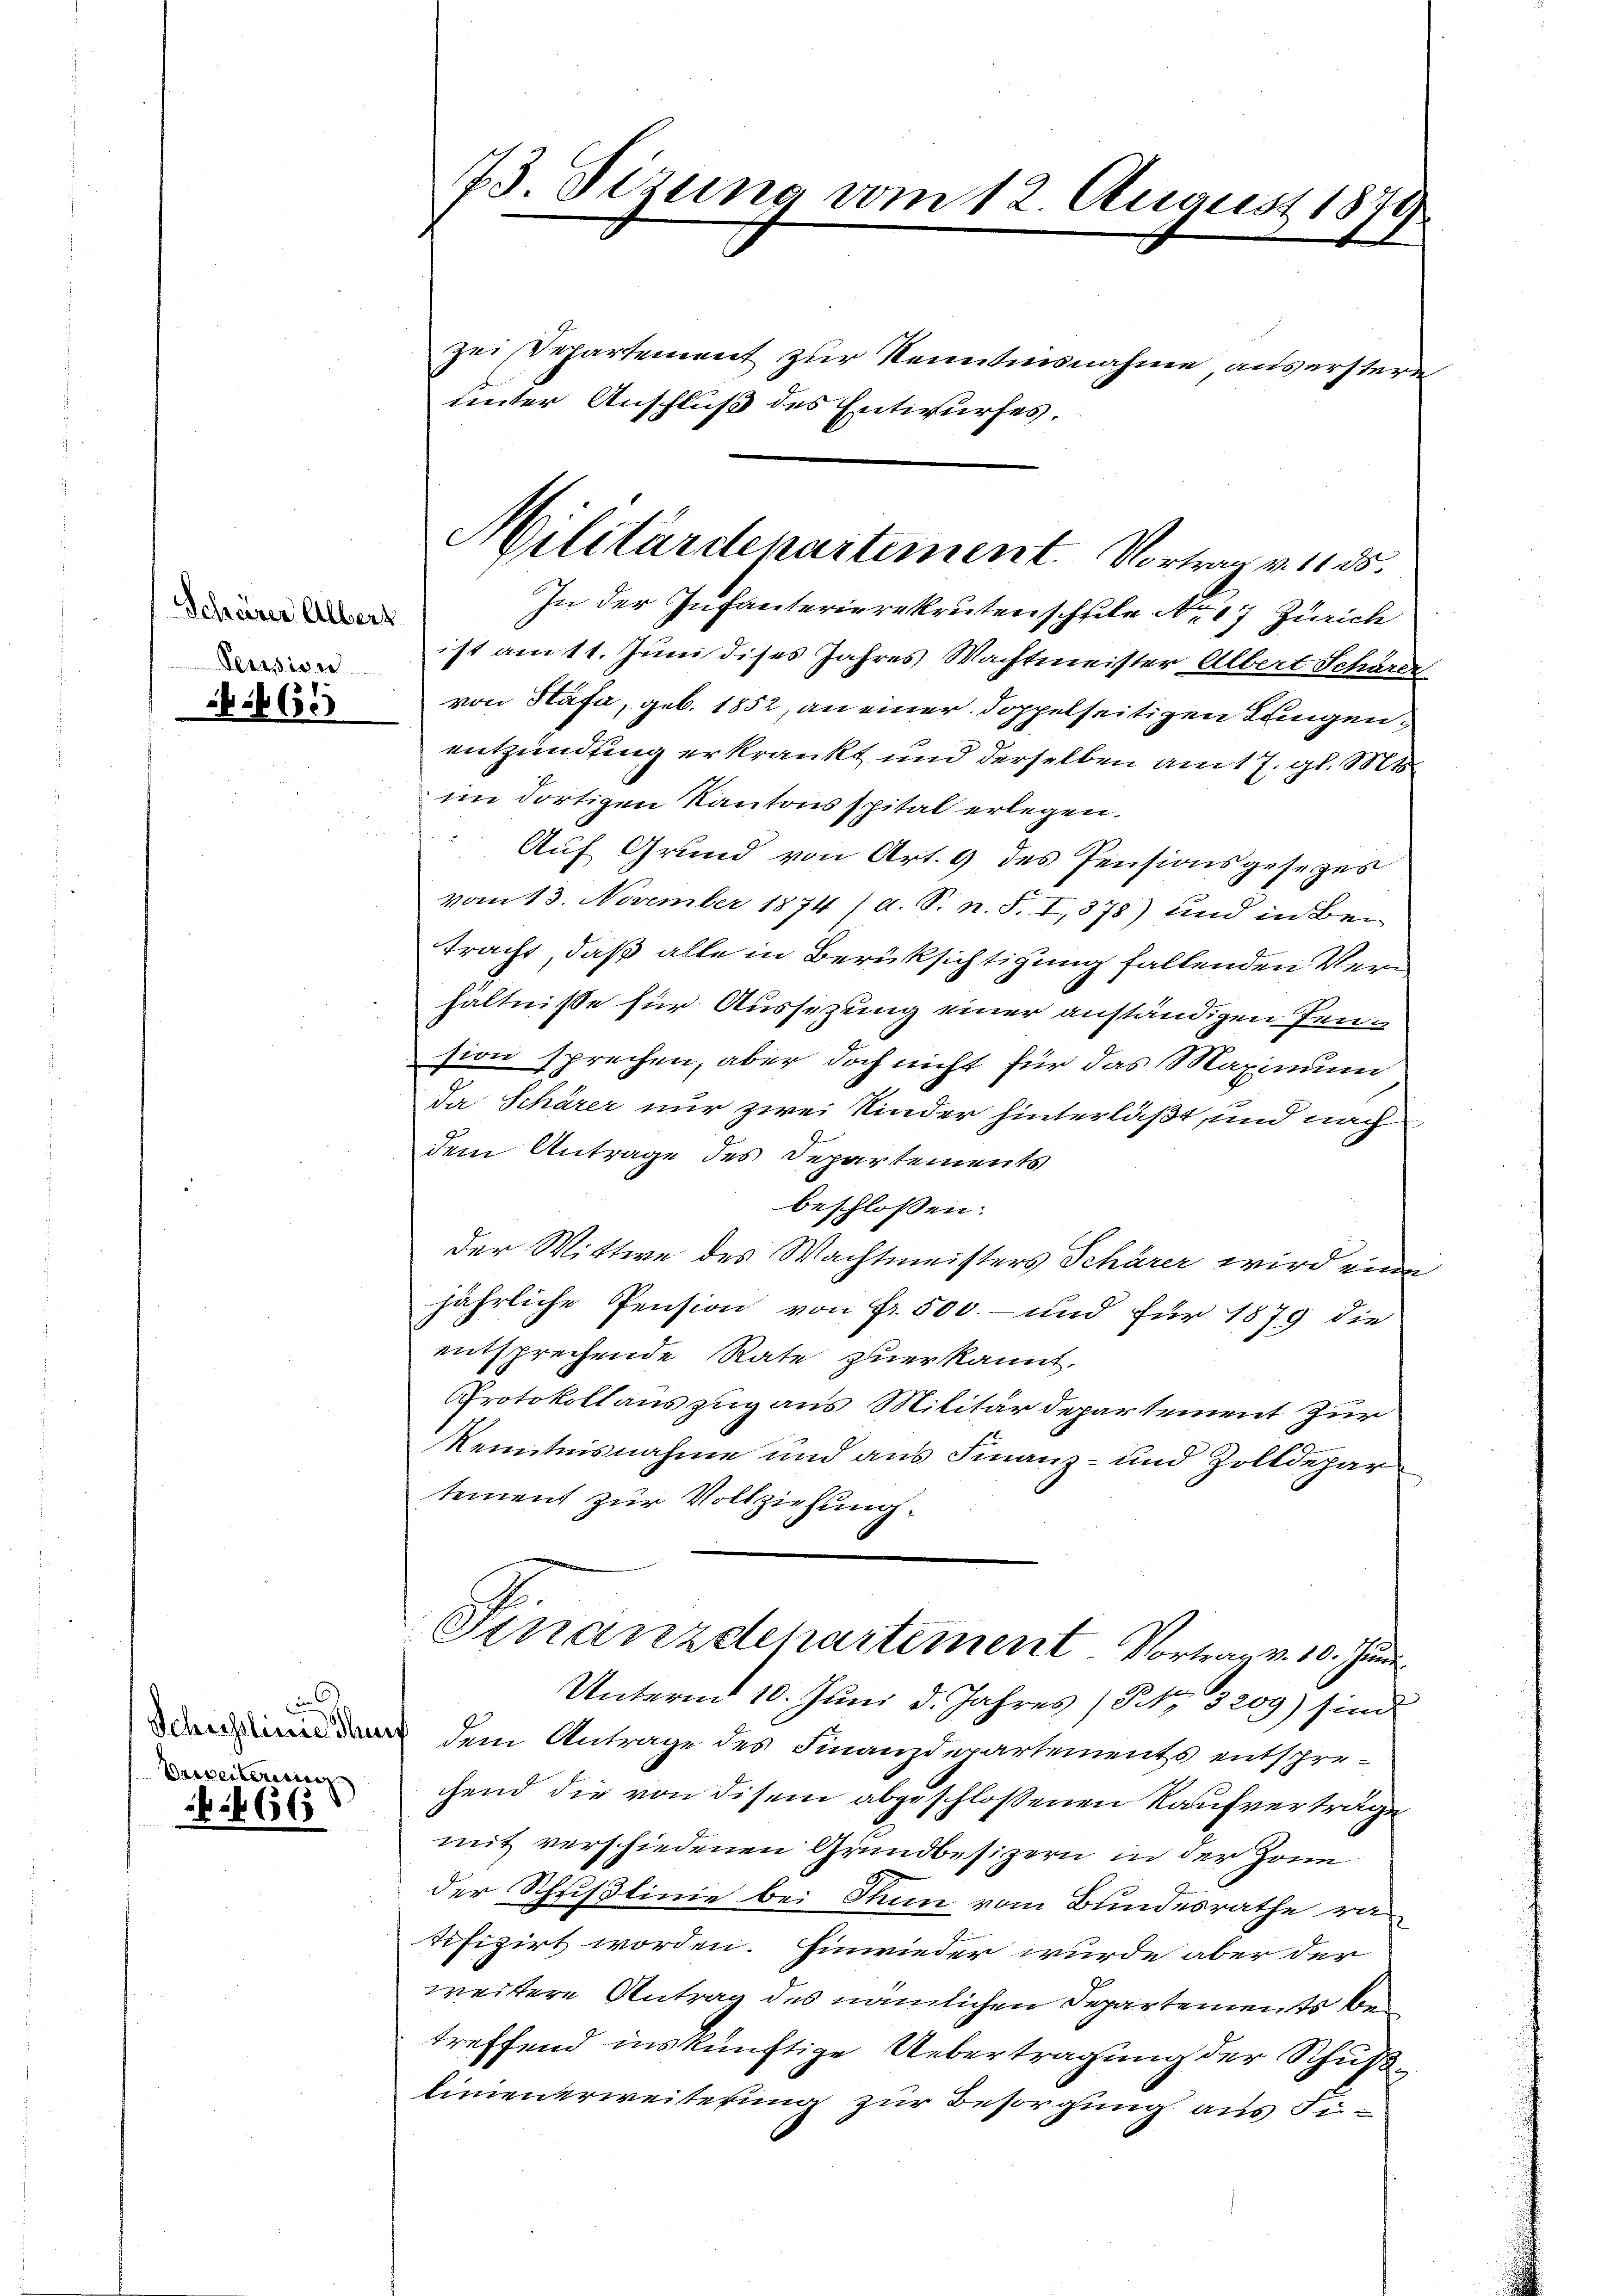
65

n
Veveilerung

666

73. Tizung vom 12. August 1879.

zei Departement zur Kenntnisnahme, aus erstere
unter Anschluß des Entwurfes.
In der Infanterierekruten schule Nr. 17 Zürich
ist am 11. Juni dises Jahres Wachtmeister Albert Schle
von Stäfa, geb. 1852, an einer doppelseitigen Lungenentzündung erkrankt und derselben am 17. gl. Mts.
im dortigen Kantonsspital erlegen.
Auf Grund von Art. 9 des Pensionsgesetzes
vom 13. November 1874 /d. S. n. F. I,378) und in Betracht, daß alle in Berüksichtigung fallenden Verhältnisse für Aussezung einer anständigen Pension sprechen, aber doch nicht für das Maximum
Da Schärer nur zwei Kinder hinterläßt, und nach
dem Antrage des Departements
beschlossen:
der Wittwe des Wachtmeisters Schärer wird eine
jährliche Pension von Fr. 500.- und für 1879 die
entsprechende Rate zuerkannt.
Protokollauszug aus Militärdepartement zur
Kenntnisnahme und aus Finanz- und Zolldepar
tement zur Vollziehung.
Finanzdepartement Vortrag v. 10. Juni.
Unterm 10. Juni d. Jahres (Frk. 3209) sind
denden dem Antrage des Finanzdepartements entspre-
chend die von disem abgeschlossenen Kaufvertrage
mit verschiedenen Grundbesizern in der Han
der Schristinie bei Thun vom Bundesrathe ratifizirt worden. Einwieder wurde aber der
weitere Antrag des nämlichen Departements bei
treffend inskünftige Uebertragung der Schußlinienerweiterung zur Besorgung aus Fi¬

Militärdepartement. Vortrag v. 1185.